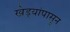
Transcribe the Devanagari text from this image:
खेड्यांपासून